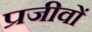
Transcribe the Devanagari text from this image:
प्रजीवों